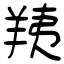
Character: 羠